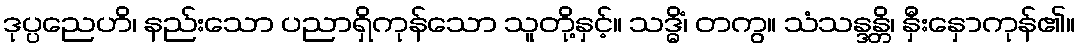
ဒုပ္ပညေဟိ၊ နည်းသော ပညာရှိကုန်သော သူတို့နှင့်။ သဒ္ဓိံ၊ တကွ။ သံသန္ဒန္တိ၊ နှီးနှောကုန်၏။